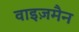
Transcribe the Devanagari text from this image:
वाइज़मैन